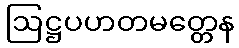
ဩဋ္ဌပဟတမတ္တေန